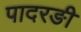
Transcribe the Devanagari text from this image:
पादरङी